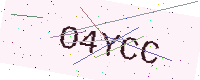
Text: O4YCC